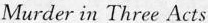
Murder in Three Acts